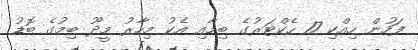
ފަހުން ހިއްކި 17 ހެކްޓަރުގެ ބިމާއި އެކު މިހާރު މީދޫ ބިމުގެ ބޮޑު